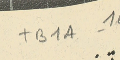
TB1A-16			1